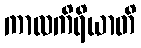
ကာလကိရိယာတိ